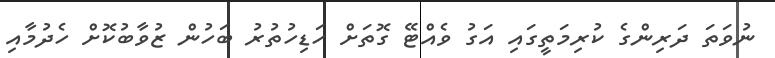
ނުވަތަ ދަރިންގެ ކުރިމަތީގައި އަގު ވެއްޓޭ ގޮތަށް ހަޑިހުތުރު ބަހުން ޒުވާބުކޮށް ހެދުމާއި